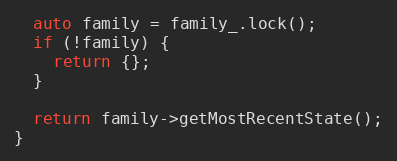
Language: C++
  auto family = family_.lock();
  if (!family) {
    return {};
  }

  return family->getMostRecentState();
}